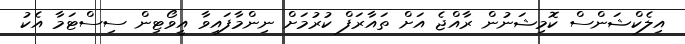
އިލެކްޝަންސް ކޮމިޝަނުން ރާއްޖެ އަށް ތައާރަފް ކުރުމަށް ނިންމާފައިވާ އީވޯޓިން ސިސްޓަމާ އެކު